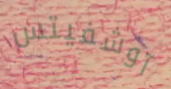
آوشفيتس